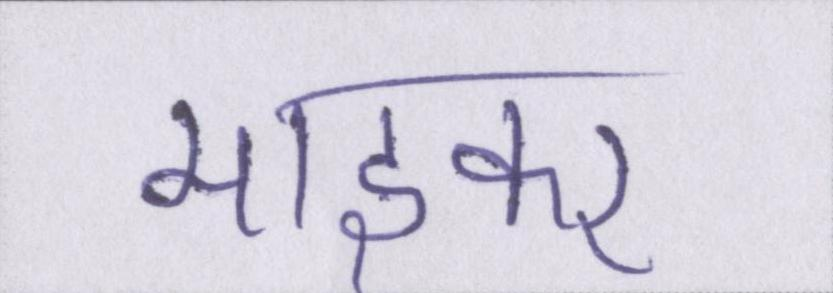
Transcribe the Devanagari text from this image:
माइकर